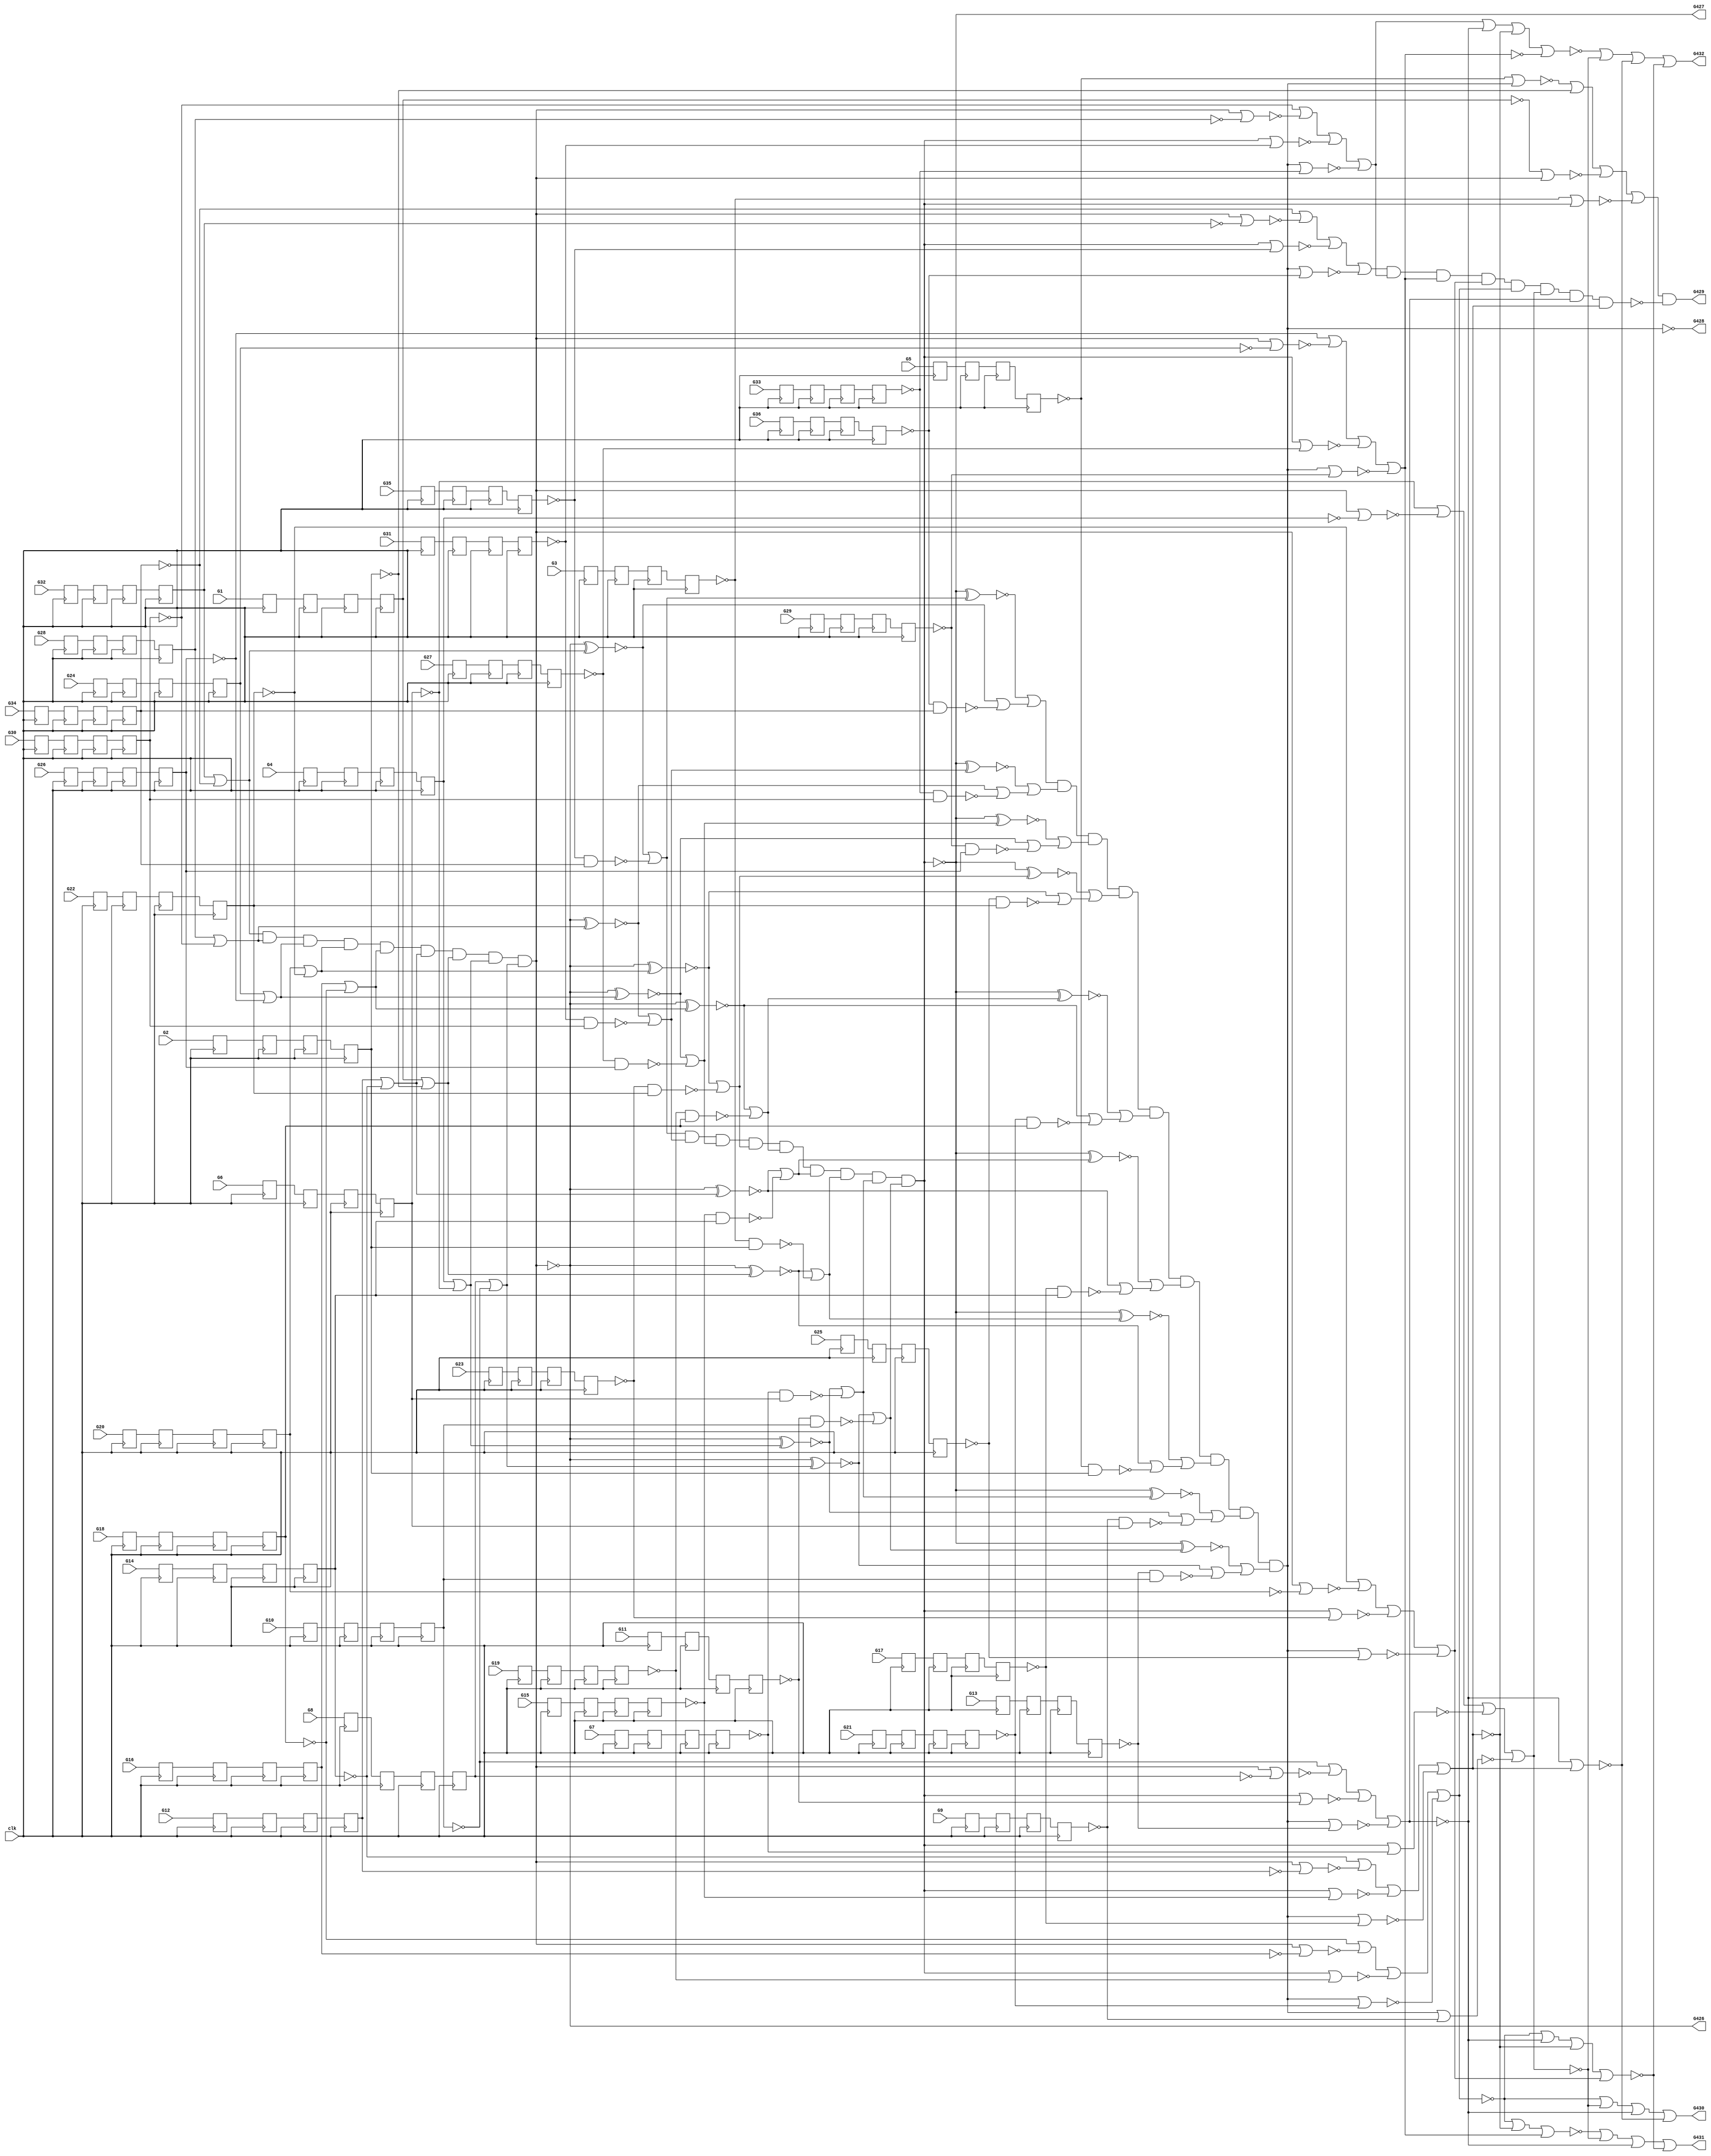
// Benchmark "c432" written by ABC on Sun Oct 29 16:26:49 2023

module c432_pipe (clk,
    G1, G2, G3, G4, G5, G6, G7, G8, G9, G10, G11, G12, G13, G14, G15, G16,
    G17, G18, G19, G20, G21, G22, G23, G24, G25, G26, G27, G28, G29, G30,
    G31, G32, G33, G34, G35, G36,
    G426, G427, G428, G429, G430, G431, G432  );
  input clk;
  input  G1, G2, G3, G4, G5, G6, G7, G8, G9, G10, G11, G12, G13, G14,
    G15, G16, G17, G18, G19, G20, G21, G22, G23, G24, G25, G26, G27, G28,
    G29, G30, G31, G32, G33, G34, G35, G36;
  output G426, G427, G428, G429, G430, G431, G432;
  reg n205_lo, n208_lo, n211_lo, n214_lo, n217_lo, n220_lo, n223_lo,
    n226_lo, n229_lo, n232_lo, n235_lo, n238_lo, n241_lo, n244_lo, n247_lo,
    n250_lo, n253_lo, n256_lo, n259_lo, n262_lo, n265_lo, n268_lo, n271_lo,
    n274_lo, n277_lo, n280_lo, n283_lo, n286_lo, n289_lo, n292_lo, n295_lo,
    n298_lo, n301_lo, n304_lo, n307_lo, n310_lo, n313_lo, n316_lo, n319_lo,
    n322_lo, n325_lo, n328_lo, n331_lo, n334_lo, n337_lo, n340_lo, n343_lo,
    n346_lo, n349_lo, n352_lo, n355_lo, n358_lo, n361_lo, n364_lo, n367_lo,
    n370_lo, n373_lo, n376_lo, n379_lo, n382_lo, n385_lo, n388_lo, n391_lo,
    n394_lo, n397_lo, n400_lo, n403_lo, n406_lo, n409_lo, n412_lo, n415_lo,
    n418_lo, n421_lo, n424_lo, n427_lo, n430_lo, n433_lo, n436_lo, n439_lo,
    n442_lo, n445_lo, n448_lo, n451_lo, n454_lo, n457_lo, n460_lo, n463_lo,
    n466_lo, n469_lo, n472_lo, n475_lo, n478_lo, n481_lo, n484_lo, n487_lo,
    n490_lo, n493_lo, n496_lo, n499_lo, n502_lo, n505_lo, n508_lo, n511_lo,
    n514_lo, n517_lo, n520_lo, n523_lo, n526_lo, n529_lo, n532_lo, n535_lo,
    n538_lo, n541_lo, n544_lo, n547_lo, n550_lo, n553_lo, n556_lo, n559_lo,
    n562_lo, n565_lo, n568_lo, n571_lo, n574_lo, n577_lo, n580_lo, n583_lo,
    n586_lo, n589_lo, n592_lo, n595_lo, n598_lo, n601_lo, n604_lo, n607_lo,
    n610_lo, n613_lo, n616_lo, n619_lo, n622_lo, n625_lo, n628_lo, n631_lo,
    n634_lo;
  wire new_G118_, new_G119_, new_G122_, new_G123_, new_G126_, new_G127_,
    new_G130_, new_G131_, new_G134_, new_G135_, new_G138_, new_G139_,
    new_G142_, new_G143_, new_G146_, new_G147_, new_G150_, new_G151_,
    new_G154_, new_G157_, new_G158_, new_G159_, new_G162_, new_G165_,
    new_G168_, new_G171_, new_G174_, new_G177_, new_G180_, new_G183_,
    new_G184_, new_G185_, new_G186_, new_G187_, new_G188_, new_G189_,
    new_G190_, new_G191_, new_G192_, new_G193_, new_G194_, new_G195_,
    new_G196_, new_G197_, new_G198_, new_G199_, new_G203_, new_G213_,
    new_G223_, new_G226_, new_G229_, new_G232_, new_G235_, new_G238_,
    new_G241_, new_G242_, new_G245_, new_G246_, new_G249_, new_G250_,
    new_G253_, new_G254_, new_G255_, new_G256_, new_G257_, new_G258_,
    new_G259_, new_G262_, new_G263_, new_G266_, new_G269_, new_G272_,
    new_G275_, new_G278_, new_G281_, new_G284_, new_G287_, new_G288_,
    new_G289_, new_G290_, new_G291_, new_G292_, new_G293_, new_G294_,
    new_G295_, new_G299_, new_G300_, new_G301_, new_G302_, new_G303_,
    new_G304_, new_G305_, new_G306_, new_G307_, new_G308_, new_G318_,
    new_G328_, new_G329_, new_G330_, new_G331_, new_G332_, new_G333_,
    new_G334_, new_G335_, new_G336_, new_G337_, new_G338_, new_G339_,
    new_G340_, new_G341_, new_G342_, new_G343_, new_G344_, new_G345_,
    new_G346_, new_G347_, new_G348_, new_G349_, new_G350_, new_G351_,
    new_G352_, new_G353_, new_G354_, new_G355_, new_G358_, new_G368_,
    new_G369_, new_G370_, new_G371_, new_G372_, new_G373_, new_G374_,
    new_G375_, new_G376_, new_G377_, new_G378_, new_G383_, new_G390_,
    new_G396_, new_G401_, new_G404_, new_G408_, new_G411_, new_G412_,
    new_G413_, new_G414_, new_G415_, new_G416_, new_G417_, new_G418_,
    new_G421_, new_G424_, new_G425_, n205_li, n208_li, n211_li, n214_li,
    n217_li, n220_li, n223_li, n226_li, n229_li, n232_li, n235_li, n238_li,
    n241_li, n244_li, n247_li, n250_li, n253_li, n256_li, n259_li, n262_li,
    n265_li, n268_li, n271_li, n274_li, n277_li, n280_li, n283_li, n286_li,
    n289_li, n292_li, n295_li, n298_li, n301_li, n304_li, n307_li, n310_li,
    n313_li, n316_li, n319_li, n322_li, n325_li, n328_li, n331_li, n334_li,
    n337_li, n340_li, n343_li, n346_li, n349_li, n352_li, n355_li, n358_li,
    n361_li, n364_li, n367_li, n370_li, n373_li, n376_li, n379_li, n382_li,
    n385_li, n388_li, n391_li, n394_li, n397_li, n400_li, n403_li, n406_li,
    n409_li, n412_li, n415_li, n418_li, n421_li, n424_li, n427_li, n430_li,
    n433_li, n436_li, n439_li, n442_li, n445_li, n448_li, n451_li, n454_li,
    n457_li, n460_li, n463_li, n466_li, n469_li, n472_li, n475_li, n478_li,
    n481_li, n484_li, n487_li, n490_li, n493_li, n496_li, n499_li, n502_li,
    n505_li, n508_li, n511_li, n514_li, n517_li, n520_li, n523_li, n526_li,
    n529_li, n532_li, n535_li, n538_li, n541_li, n544_li, n547_li, n550_li,
    n553_li, n556_li, n559_li, n562_li, n565_li, n568_li, n571_li, n574_li,
    n577_li, n580_li, n583_li, n586_li, n589_li, n592_li, n595_li, n598_li,
    n601_li, n604_li, n607_li, n610_li, n613_li, n616_li, n619_li, n622_li,
    n625_li, n628_li, n631_li, n634_li;
  assign new_G118_ = ~n214_lo;
  assign new_G119_ = ~n226_lo;
  assign new_G122_ = ~n250_lo;
  assign new_G123_ = ~n274_lo;
  assign new_G126_ = ~n298_lo;
  assign new_G127_ = ~n322_lo;
  assign new_G130_ = ~n346_lo;
  assign new_G131_ = ~n370_lo;
  assign new_G134_ = ~n394_lo;
  assign new_G135_ = ~n418_lo;
  assign new_G138_ = ~n442_lo;
  assign new_G139_ = ~n466_lo;
  assign new_G142_ = ~n490_lo;
  assign new_G143_ = ~n514_lo;
  assign new_G146_ = ~n538_lo;
  assign new_G147_ = ~n562_lo;
  assign new_G150_ = ~n586_lo;
  assign new_G151_ = ~n610_lo;
  assign new_G154_ = ~new_G118_ | ~n226_lo;
  assign new_G157_ = ~n238_lo & ~new_G119_;
  assign new_G158_ = ~n262_lo & ~new_G119_;
  assign new_G159_ = ~new_G122_ | ~n274_lo;
  assign new_G162_ = ~new_G126_ | ~n322_lo;
  assign new_G165_ = ~new_G130_ | ~n370_lo;
  assign new_G168_ = ~new_G134_ | ~n418_lo;
  assign new_G171_ = ~new_G138_ | ~n466_lo;
  assign new_G174_ = ~new_G142_ | ~n514_lo;
  assign new_G177_ = ~new_G146_ | ~n562_lo;
  assign new_G180_ = ~new_G150_ | ~n610_lo;
  assign new_G183_ = ~n286_lo & ~new_G123_;
  assign new_G184_ = ~n310_lo & ~new_G123_;
  assign new_G185_ = ~n334_lo & ~new_G127_;
  assign new_G186_ = ~n358_lo & ~new_G127_;
  assign new_G187_ = ~n382_lo & ~new_G131_;
  assign new_G188_ = ~n406_lo & ~new_G131_;
  assign new_G189_ = ~n430_lo & ~new_G135_;
  assign new_G190_ = ~n454_lo & ~new_G135_;
  assign new_G191_ = ~n478_lo & ~new_G139_;
  assign new_G192_ = ~n502_lo & ~new_G139_;
  assign new_G193_ = ~n526_lo & ~new_G143_;
  assign new_G194_ = ~n550_lo & ~new_G143_;
  assign new_G195_ = ~n574_lo & ~new_G147_;
  assign new_G196_ = ~n598_lo & ~new_G147_;
  assign new_G197_ = ~n622_lo & ~new_G151_;
  assign new_G198_ = ~n634_lo & ~new_G151_;
  assign new_G199_ = new_G180_ & new_G177_ & new_G174_ & new_G171_ & new_G168_ & new_G165_ & new_G154_ & new_G159_ & new_G162_;
  assign new_G203_ = ~new_G199_;
  assign new_G213_ = ~new_G199_;
  assign new_G223_ = new_G203_ ^ new_G154_;
  assign new_G226_ = new_G203_ ^ new_G159_;
  assign new_G229_ = new_G203_ ^ new_G162_;
  assign new_G232_ = new_G203_ ^ new_G165_;
  assign new_G235_ = new_G203_ ^ new_G168_;
  assign new_G238_ = new_G203_ ^ new_G171_;
  assign new_G241_ = ~n214_lo | ~new_G213_;
  assign new_G242_ = new_G203_ ^ new_G174_;
  assign new_G245_ = ~new_G213_ | ~n250_lo;
  assign new_G246_ = new_G203_ ^ new_G177_;
  assign new_G249_ = ~new_G213_ | ~n298_lo;
  assign new_G250_ = new_G203_ ^ new_G180_;
  assign new_G253_ = ~new_G213_ | ~n346_lo;
  assign new_G254_ = ~new_G213_ | ~n394_lo;
  assign new_G255_ = ~new_G213_ | ~n442_lo;
  assign new_G256_ = ~new_G213_ | ~n490_lo;
  assign new_G257_ = ~new_G213_ | ~n538_lo;
  assign new_G258_ = ~new_G213_ | ~n586_lo;
  assign new_G259_ = ~new_G223_ | ~new_G157_;
  assign new_G262_ = ~new_G223_ | ~new_G158_;
  assign new_G263_ = ~new_G226_ | ~new_G183_;
  assign new_G266_ = ~new_G229_ | ~new_G185_;
  assign new_G269_ = ~new_G232_ | ~new_G187_;
  assign new_G272_ = ~new_G235_ | ~new_G189_;
  assign new_G275_ = ~new_G238_ | ~new_G191_;
  assign new_G278_ = ~new_G242_ | ~new_G193_;
  assign new_G281_ = ~new_G246_ | ~new_G195_;
  assign new_G284_ = ~new_G250_ | ~new_G197_;
  assign new_G287_ = ~new_G226_ | ~new_G184_;
  assign new_G288_ = ~new_G229_ | ~new_G186_;
  assign new_G289_ = ~new_G232_ | ~new_G188_;
  assign new_G290_ = ~new_G235_ | ~new_G190_;
  assign new_G291_ = ~new_G238_ | ~new_G192_;
  assign new_G292_ = ~new_G242_ | ~new_G194_;
  assign new_G293_ = ~new_G246_ | ~new_G196_;
  assign new_G294_ = ~new_G250_ | ~new_G198_;
  assign new_G295_ = new_G284_ & new_G281_ & new_G278_ & new_G275_ & new_G272_ & new_G269_ & new_G259_ & new_G263_ & new_G266_;
  assign new_G299_ = ~new_G262_;
  assign new_G300_ = ~new_G287_;
  assign new_G301_ = ~new_G288_;
  assign new_G302_ = ~new_G289_;
  assign new_G303_ = ~new_G290_;
  assign new_G304_ = ~new_G291_;
  assign new_G305_ = ~new_G292_;
  assign new_G306_ = ~new_G293_;
  assign new_G307_ = ~new_G294_;
  assign new_G308_ = ~new_G295_;
  assign new_G318_ = ~new_G295_;
  assign new_G328_ = new_G308_ ^ new_G259_;
  assign new_G329_ = new_G308_ ^ new_G263_;
  assign new_G330_ = new_G308_ ^ new_G266_;
  assign new_G331_ = new_G308_ ^ new_G269_;
  assign new_G332_ = ~n238_lo | ~new_G318_;
  assign new_G333_ = new_G308_ ^ new_G272_;
  assign new_G334_ = ~new_G318_ | ~n286_lo;
  assign new_G335_ = new_G308_ ^ new_G275_;
  assign new_G336_ = ~new_G318_ | ~n334_lo;
  assign new_G337_ = new_G308_ ^ new_G278_;
  assign new_G338_ = ~new_G318_ | ~n382_lo;
  assign new_G339_ = new_G308_ ^ new_G281_;
  assign new_G340_ = ~new_G318_ | ~n430_lo;
  assign new_G341_ = new_G308_ ^ new_G284_;
  assign new_G342_ = ~new_G318_ | ~n478_lo;
  assign new_G343_ = ~new_G318_ | ~n526_lo;
  assign new_G344_ = ~new_G318_ | ~n574_lo;
  assign new_G345_ = ~new_G318_ | ~n622_lo;
  assign new_G346_ = ~new_G328_ | ~new_G299_;
  assign new_G347_ = ~new_G329_ | ~new_G300_;
  assign new_G348_ = ~new_G330_ | ~new_G301_;
  assign new_G349_ = ~new_G331_ | ~new_G302_;
  assign new_G350_ = ~new_G333_ | ~new_G303_;
  assign new_G351_ = ~new_G335_ | ~new_G304_;
  assign new_G352_ = ~new_G337_ | ~new_G305_;
  assign new_G353_ = ~new_G339_ | ~new_G306_;
  assign new_G354_ = ~new_G341_ | ~new_G307_;
  assign new_G355_ = new_G354_ & new_G353_ & new_G352_ & new_G351_ & new_G350_ & new_G349_ & new_G346_ & new_G347_ & new_G348_;
  assign new_G358_ = ~new_G355_;
  assign new_G368_ = ~n262_lo | ~new_G358_;
  assign new_G369_ = ~new_G358_ | ~n310_lo;
  assign new_G370_ = ~new_G358_ | ~n358_lo;
  assign new_G371_ = ~new_G358_ | ~n406_lo;
  assign new_G372_ = ~new_G358_ | ~n454_lo;
  assign new_G373_ = ~new_G358_ | ~n502_lo;
  assign new_G374_ = ~new_G358_ | ~n550_lo;
  assign new_G375_ = ~new_G358_ | ~n598_lo;
  assign new_G376_ = ~new_G358_ | ~n634_lo;
  assign new_G377_ = ~new_G368_ | ~n226_lo | ~new_G241_ | ~new_G332_;
  assign new_G378_ = ~n274_lo | ~new_G245_ | ~new_G334_ | ~new_G369_;
  assign new_G383_ = ~n322_lo | ~new_G249_ | ~new_G336_ | ~new_G370_;
  assign new_G390_ = ~n370_lo | ~new_G253_ | ~new_G338_ | ~new_G371_;
  assign new_G396_ = ~n418_lo | ~new_G254_ | ~new_G340_ | ~new_G372_;
  assign new_G401_ = ~n466_lo | ~new_G255_ | ~new_G342_ | ~new_G373_;
  assign new_G404_ = ~n514_lo | ~new_G256_ | ~new_G343_ | ~new_G374_;
  assign new_G408_ = ~n562_lo | ~new_G257_ | ~new_G344_ | ~new_G375_;
  assign new_G411_ = ~n610_lo | ~new_G258_ | ~new_G345_ | ~new_G376_;
  assign new_G412_ = ~new_G377_;
  assign new_G413_ = new_G411_ & new_G408_ & new_G404_ & new_G401_ & new_G396_ & new_G378_ & new_G383_ & new_G390_;
  assign new_G414_ = ~new_G390_;
  assign new_G415_ = ~new_G401_;
  assign new_G416_ = ~new_G404_;
  assign new_G417_ = ~new_G408_;
  assign new_G418_ = ~new_G383_ | ~new_G414_;
  assign new_G421_ = ~new_G396_ | ~new_G383_ | ~new_G390_ | ~new_G415_;
  assign new_G424_ = ~new_G396_ | ~new_G390_ | ~new_G416_;
  assign new_G425_ = ~new_G417_ | ~new_G383_ | ~new_G390_ | ~new_G404_;
  assign G426 = ~new_G199_;
  assign G427 = ~new_G295_;
  assign G428 = ~new_G355_;
  assign G429 = ~new_G412_ & ~new_G413_;
  assign G430 = ~new_G396_ | ~new_G378_ | ~new_G383_ | ~new_G418_;
  assign G431 = ~new_G424_ | ~new_G378_ | ~new_G383_ | ~new_G421_;
  assign G432 = ~new_G425_ | ~new_G378_ | ~new_G418_ | ~new_G421_;
  assign n205_li = G1;
  assign n208_li = n205_lo;
  assign n211_li = n208_lo;
  assign n214_li = n211_lo;
  assign n217_li = G2;
  assign n220_li = n217_lo;
  assign n223_li = n220_lo;
  assign n226_li = n223_lo;
  assign n229_li = G3;
  assign n232_li = n229_lo;
  assign n235_li = n232_lo;
  assign n238_li = n235_lo;
  assign n241_li = G4;
  assign n244_li = n241_lo;
  assign n247_li = n244_lo;
  assign n250_li = n247_lo;
  assign n253_li = G5;
  assign n256_li = n253_lo;
  assign n259_li = n256_lo;
  assign n262_li = n259_lo;
  assign n265_li = G6;
  assign n268_li = n265_lo;
  assign n271_li = n268_lo;
  assign n274_li = n271_lo;
  assign n277_li = G7;
  assign n280_li = n277_lo;
  assign n283_li = n280_lo;
  assign n286_li = n283_lo;
  assign n289_li = G8;
  assign n292_li = n289_lo;
  assign n295_li = n292_lo;
  assign n298_li = n295_lo;
  assign n301_li = G9;
  assign n304_li = n301_lo;
  assign n307_li = n304_lo;
  assign n310_li = n307_lo;
  assign n313_li = G10;
  assign n316_li = n313_lo;
  assign n319_li = n316_lo;
  assign n322_li = n319_lo;
  assign n325_li = G11;
  assign n328_li = n325_lo;
  assign n331_li = n328_lo;
  assign n334_li = n331_lo;
  assign n337_li = G12;
  assign n340_li = n337_lo;
  assign n343_li = n340_lo;
  assign n346_li = n343_lo;
  assign n349_li = G13;
  assign n352_li = n349_lo;
  assign n355_li = n352_lo;
  assign n358_li = n355_lo;
  assign n361_li = G14;
  assign n364_li = n361_lo;
  assign n367_li = n364_lo;
  assign n370_li = n367_lo;
  assign n373_li = G15;
  assign n376_li = n373_lo;
  assign n379_li = n376_lo;
  assign n382_li = n379_lo;
  assign n385_li = G16;
  assign n388_li = n385_lo;
  assign n391_li = n388_lo;
  assign n394_li = n391_lo;
  assign n397_li = G17;
  assign n400_li = n397_lo;
  assign n403_li = n400_lo;
  assign n406_li = n403_lo;
  assign n409_li = G18;
  assign n412_li = n409_lo;
  assign n415_li = n412_lo;
  assign n418_li = n415_lo;
  assign n421_li = G19;
  assign n424_li = n421_lo;
  assign n427_li = n424_lo;
  assign n430_li = n427_lo;
  assign n433_li = G20;
  assign n436_li = n433_lo;
  assign n439_li = n436_lo;
  assign n442_li = n439_lo;
  assign n445_li = G21;
  assign n448_li = n445_lo;
  assign n451_li = n448_lo;
  assign n454_li = n451_lo;
  assign n457_li = G22;
  assign n460_li = n457_lo;
  assign n463_li = n460_lo;
  assign n466_li = n463_lo;
  assign n469_li = G23;
  assign n472_li = n469_lo;
  assign n475_li = n472_lo;
  assign n478_li = n475_lo;
  assign n481_li = G24;
  assign n484_li = n481_lo;
  assign n487_li = n484_lo;
  assign n490_li = n487_lo;
  assign n493_li = G25;
  assign n496_li = n493_lo;
  assign n499_li = n496_lo;
  assign n502_li = n499_lo;
  assign n505_li = G26;
  assign n508_li = n505_lo;
  assign n511_li = n508_lo;
  assign n514_li = n511_lo;
  assign n517_li = G27;
  assign n520_li = n517_lo;
  assign n523_li = n520_lo;
  assign n526_li = n523_lo;
  assign n529_li = G28;
  assign n532_li = n529_lo;
  assign n535_li = n532_lo;
  assign n538_li = n535_lo;
  assign n541_li = G29;
  assign n544_li = n541_lo;
  assign n547_li = n544_lo;
  assign n550_li = n547_lo;
  assign n553_li = G30;
  assign n556_li = n553_lo;
  assign n559_li = n556_lo;
  assign n562_li = n559_lo;
  assign n565_li = G31;
  assign n568_li = n565_lo;
  assign n571_li = n568_lo;
  assign n574_li = n571_lo;
  assign n577_li = G32;
  assign n580_li = n577_lo;
  assign n583_li = n580_lo;
  assign n586_li = n583_lo;
  assign n589_li = G33;
  assign n592_li = n589_lo;
  assign n595_li = n592_lo;
  assign n598_li = n595_lo;
  assign n601_li = G34;
  assign n604_li = n601_lo;
  assign n607_li = n604_lo;
  assign n610_li = n607_lo;
  assign n613_li = G35;
  assign n616_li = n613_lo;
  assign n619_li = n616_lo;
  assign n622_li = n619_lo;
  assign n625_li = G36;
  assign n628_li = n625_lo;
  assign n631_li = n628_lo;
  assign n634_li = n631_lo;
  always @ (posedge clk)  begin
    n205_lo <= n205_li;
    n208_lo <= n208_li;
    n211_lo <= n211_li;
    n214_lo <= n214_li;
    n217_lo <= n217_li;
    n220_lo <= n220_li;
    n223_lo <= n223_li;
    n226_lo <= n226_li;
    n229_lo <= n229_li;
    n232_lo <= n232_li;
    n235_lo <= n235_li;
    n238_lo <= n238_li;
    n241_lo <= n241_li;
    n244_lo <= n244_li;
    n247_lo <= n247_li;
    n250_lo <= n250_li;
    n253_lo <= n253_li;
    n256_lo <= n256_li;
    n259_lo <= n259_li;
    n262_lo <= n262_li;
    n265_lo <= n265_li;
    n268_lo <= n268_li;
    n271_lo <= n271_li;
    n274_lo <= n274_li;
    n277_lo <= n277_li;
    n280_lo <= n280_li;
    n283_lo <= n283_li;
    n286_lo <= n286_li;
    n289_lo <= n289_li;
    n292_lo <= n292_li;
    n295_lo <= n295_li;
    n298_lo <= n298_li;
    n301_lo <= n301_li;
    n304_lo <= n304_li;
    n307_lo <= n307_li;
    n310_lo <= n310_li;
    n313_lo <= n313_li;
    n316_lo <= n316_li;
    n319_lo <= n319_li;
    n322_lo <= n322_li;
    n325_lo <= n325_li;
    n328_lo <= n328_li;
    n331_lo <= n331_li;
    n334_lo <= n334_li;
    n337_lo <= n337_li;
    n340_lo <= n340_li;
    n343_lo <= n343_li;
    n346_lo <= n346_li;
    n349_lo <= n349_li;
    n352_lo <= n352_li;
    n355_lo <= n355_li;
    n358_lo <= n358_li;
    n361_lo <= n361_li;
    n364_lo <= n364_li;
    n367_lo <= n367_li;
    n370_lo <= n370_li;
    n373_lo <= n373_li;
    n376_lo <= n376_li;
    n379_lo <= n379_li;
    n382_lo <= n382_li;
    n385_lo <= n385_li;
    n388_lo <= n388_li;
    n391_lo <= n391_li;
    n394_lo <= n394_li;
    n397_lo <= n397_li;
    n400_lo <= n400_li;
    n403_lo <= n403_li;
    n406_lo <= n406_li;
    n409_lo <= n409_li;
    n412_lo <= n412_li;
    n415_lo <= n415_li;
    n418_lo <= n418_li;
    n421_lo <= n421_li;
    n424_lo <= n424_li;
    n427_lo <= n427_li;
    n430_lo <= n430_li;
    n433_lo <= n433_li;
    n436_lo <= n436_li;
    n439_lo <= n439_li;
    n442_lo <= n442_li;
    n445_lo <= n445_li;
    n448_lo <= n448_li;
    n451_lo <= n451_li;
    n454_lo <= n454_li;
    n457_lo <= n457_li;
    n460_lo <= n460_li;
    n463_lo <= n463_li;
    n466_lo <= n466_li;
    n469_lo <= n469_li;
    n472_lo <= n472_li;
    n475_lo <= n475_li;
    n478_lo <= n478_li;
    n481_lo <= n481_li;
    n484_lo <= n484_li;
    n487_lo <= n487_li;
    n490_lo <= n490_li;
    n493_lo <= n493_li;
    n496_lo <= n496_li;
    n499_lo <= n499_li;
    n502_lo <= n502_li;
    n505_lo <= n505_li;
    n508_lo <= n508_li;
    n511_lo <= n511_li;
    n514_lo <= n514_li;
    n517_lo <= n517_li;
    n520_lo <= n520_li;
    n523_lo <= n523_li;
    n526_lo <= n526_li;
    n529_lo <= n529_li;
    n532_lo <= n532_li;
    n535_lo <= n535_li;
    n538_lo <= n538_li;
    n541_lo <= n541_li;
    n544_lo <= n544_li;
    n547_lo <= n547_li;
    n550_lo <= n550_li;
    n553_lo <= n553_li;
    n556_lo <= n556_li;
    n559_lo <= n559_li;
    n562_lo <= n562_li;
    n565_lo <= n565_li;
    n568_lo <= n568_li;
    n571_lo <= n571_li;
    n574_lo <= n574_li;
    n577_lo <= n577_li;
    n580_lo <= n580_li;
    n583_lo <= n583_li;
    n586_lo <= n586_li;
    n589_lo <= n589_li;
    n592_lo <= n592_li;
    n595_lo <= n595_li;
    n598_lo <= n598_li;
    n601_lo <= n601_li;
    n604_lo <= n604_li;
    n607_lo <= n607_li;
    n610_lo <= n610_li;
    n613_lo <= n613_li;
    n616_lo <= n616_li;
    n619_lo <= n619_li;
    n622_lo <= n622_li;
    n625_lo <= n625_li;
    n628_lo <= n628_li;
    n631_lo <= n631_li;
    n634_lo <= n634_li;
  end
  initial begin
    n205_lo <= 1'b0;
    n208_lo <= 1'b0;
    n211_lo <= 1'b0;
    n214_lo <= 1'b0;
    n217_lo <= 1'b0;
    n220_lo <= 1'b0;
    n223_lo <= 1'b0;
    n226_lo <= 1'b0;
    n229_lo <= 1'b0;
    n232_lo <= 1'b0;
    n235_lo <= 1'b0;
    n238_lo <= 1'b0;
    n241_lo <= 1'b0;
    n244_lo <= 1'b0;
    n247_lo <= 1'b0;
    n250_lo <= 1'b0;
    n253_lo <= 1'b0;
    n256_lo <= 1'b0;
    n259_lo <= 1'b0;
    n262_lo <= 1'b0;
    n265_lo <= 1'b0;
    n268_lo <= 1'b0;
    n271_lo <= 1'b0;
    n274_lo <= 1'b0;
    n277_lo <= 1'b0;
    n280_lo <= 1'b0;
    n283_lo <= 1'b0;
    n286_lo <= 1'b0;
    n289_lo <= 1'b0;
    n292_lo <= 1'b0;
    n295_lo <= 1'b0;
    n298_lo <= 1'b0;
    n301_lo <= 1'b0;
    n304_lo <= 1'b0;
    n307_lo <= 1'b0;
    n310_lo <= 1'b0;
    n313_lo <= 1'b0;
    n316_lo <= 1'b0;
    n319_lo <= 1'b0;
    n322_lo <= 1'b0;
    n325_lo <= 1'b0;
    n328_lo <= 1'b0;
    n331_lo <= 1'b0;
    n334_lo <= 1'b0;
    n337_lo <= 1'b0;
    n340_lo <= 1'b0;
    n343_lo <= 1'b0;
    n346_lo <= 1'b0;
    n349_lo <= 1'b0;
    n352_lo <= 1'b0;
    n355_lo <= 1'b0;
    n358_lo <= 1'b0;
    n361_lo <= 1'b0;
    n364_lo <= 1'b0;
    n367_lo <= 1'b0;
    n370_lo <= 1'b0;
    n373_lo <= 1'b0;
    n376_lo <= 1'b0;
    n379_lo <= 1'b0;
    n382_lo <= 1'b0;
    n385_lo <= 1'b0;
    n388_lo <= 1'b0;
    n391_lo <= 1'b0;
    n394_lo <= 1'b0;
    n397_lo <= 1'b0;
    n400_lo <= 1'b0;
    n403_lo <= 1'b0;
    n406_lo <= 1'b0;
    n409_lo <= 1'b0;
    n412_lo <= 1'b0;
    n415_lo <= 1'b0;
    n418_lo <= 1'b0;
    n421_lo <= 1'b0;
    n424_lo <= 1'b0;
    n427_lo <= 1'b0;
    n430_lo <= 1'b0;
    n433_lo <= 1'b0;
    n436_lo <= 1'b0;
    n439_lo <= 1'b0;
    n442_lo <= 1'b0;
    n445_lo <= 1'b0;
    n448_lo <= 1'b0;
    n451_lo <= 1'b0;
    n454_lo <= 1'b0;
    n457_lo <= 1'b0;
    n460_lo <= 1'b0;
    n463_lo <= 1'b0;
    n466_lo <= 1'b0;
    n469_lo <= 1'b0;
    n472_lo <= 1'b0;
    n475_lo <= 1'b0;
    n478_lo <= 1'b0;
    n481_lo <= 1'b0;
    n484_lo <= 1'b0;
    n487_lo <= 1'b0;
    n490_lo <= 1'b0;
    n493_lo <= 1'b0;
    n496_lo <= 1'b0;
    n499_lo <= 1'b0;
    n502_lo <= 1'b0;
    n505_lo <= 1'b0;
    n508_lo <= 1'b0;
    n511_lo <= 1'b0;
    n514_lo <= 1'b0;
    n517_lo <= 1'b0;
    n520_lo <= 1'b0;
    n523_lo <= 1'b0;
    n526_lo <= 1'b0;
    n529_lo <= 1'b0;
    n532_lo <= 1'b0;
    n535_lo <= 1'b0;
    n538_lo <= 1'b0;
    n541_lo <= 1'b0;
    n544_lo <= 1'b0;
    n547_lo <= 1'b0;
    n550_lo <= 1'b0;
    n553_lo <= 1'b0;
    n556_lo <= 1'b0;
    n559_lo <= 1'b0;
    n562_lo <= 1'b0;
    n565_lo <= 1'b0;
    n568_lo <= 1'b0;
    n571_lo <= 1'b0;
    n574_lo <= 1'b0;
    n577_lo <= 1'b0;
    n580_lo <= 1'b0;
    n583_lo <= 1'b0;
    n586_lo <= 1'b0;
    n589_lo <= 1'b0;
    n592_lo <= 1'b0;
    n595_lo <= 1'b0;
    n598_lo <= 1'b0;
    n601_lo <= 1'b0;
    n604_lo <= 1'b0;
    n607_lo <= 1'b0;
    n610_lo <= 1'b0;
    n613_lo <= 1'b0;
    n616_lo <= 1'b0;
    n619_lo <= 1'b0;
    n622_lo <= 1'b0;
    n625_lo <= 1'b0;
    n628_lo <= 1'b0;
    n631_lo <= 1'b0;
    n634_lo <= 1'b0;
  end
endmodule